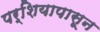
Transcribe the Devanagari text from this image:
पर्शियापासून